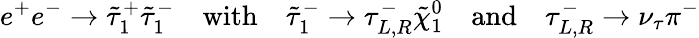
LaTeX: e^{+}e^{-}\to\tilde{\tau}_{1}^{+}\tilde{\tau}_{1}^{-}\quad\mathrm{with}\quad\tilde{\tau}_{1}^{-}\to\tau_{L,R}^{-}\tilde{\chi}_{1}^{0}\quad\mathrm{and}\quad\tau_{L,R}^{-}\to\nu_{\tau}\pi^{-}